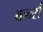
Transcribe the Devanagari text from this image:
कर्न्‍स